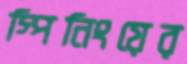
স্পিনিংয়ের